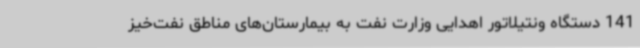
141 دستگاه ونتیلاتور اهدایی وزارت نفت به بیمارستان‌های مناطق نفت‌خیز